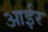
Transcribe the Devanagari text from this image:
आईर